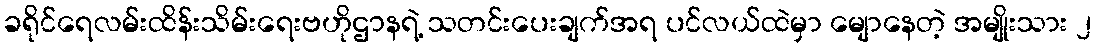
ခရိုင်ရေလမ်းထိန်းသိမ်းရေးဗဟိုဌာနရဲ့ သတင်းပေးချက်အရ ပင်လယ်ထဲမှာ မျောနေတဲ့ အမျိုးသား ၂